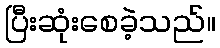
ပြီးဆုံးစေခဲ့သည်။